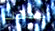
ليذهب